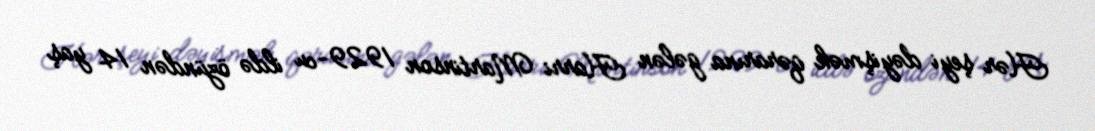
Hər şeyi dəyişmək qərarına gələn Harri Martinson 1929-cu ildə özündən 14 yaş